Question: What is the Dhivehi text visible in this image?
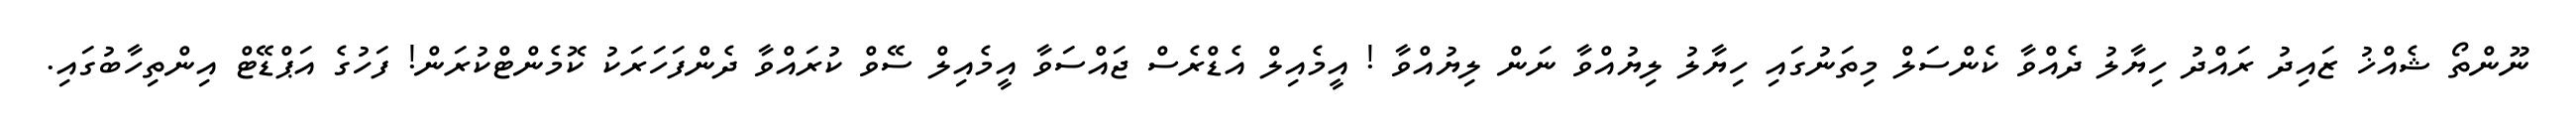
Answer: ނޫންތޯ ޝެއްޚު ޒައިދު ރައްދު ހިޔާލު ދެއްވާ ކެންސަލް މިތަނުގައި ހިޔާލު ލިޔުއްވާ ނަން ލިޔުއްވާ ! އީމެއިލް އެޑްރެސް ޖައްސަވާ އީމެއިލް ސޭވް ކުރައްވާ ދެންފަހަރަކު ކޮމެންޓްކުރަން! ފަހުގެ އަޕްޑޭޓް އިންތިހާބުގައި.